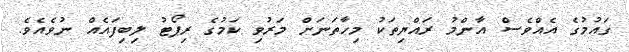
ގައުމުގެ އެއްވެސް އާންމު ރައްޔިތަކު މިހާތަނަށް މަރުވި ކަމުގެ ރިޕޯޓު ލިބިފައެއް ނުވެއެވެ.